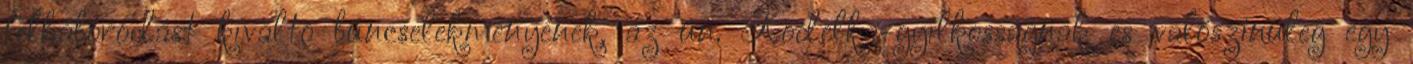
felháborodást kiváltó bűncselekményének, az ún. Kodelka-gyilkosságnak és valószínűleg egy